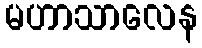
မဟာသာလေန